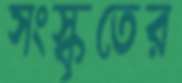
সংস্কৃতের